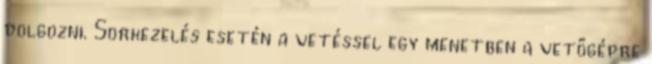
dolgozni. Sorkezelés esetén a vetéssel egy menetben a vetőgépre